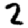
Digit: 2